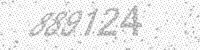
Solution: 889124